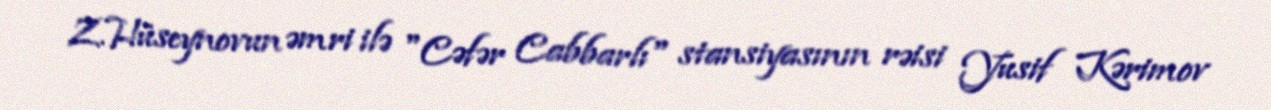
Z.Hüseynovun əmri ilə "Cəfər Cabbarlı" stansiyasının rəisi Yusif Kərimov